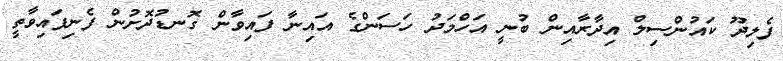
ފެލިދޫ ކައުންސިލް އިދާރާއިން ބުނީ އަހްމަދު ހަސަންގެ އައިނާ ފައިވާން ގޮނޑުދޮށުން ފެނިފައިވާތީ